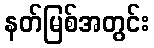
နတ်မြစ်အတွင်း